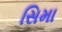
સિમા